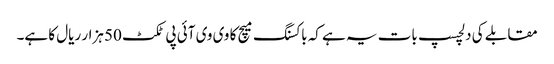
مقابلے کی دلچسپ بات یہ ہے کہ باکسنگ میچ کا وی وی آئی پی ٹکٹ 50 ہزار ریال کا ہے۔